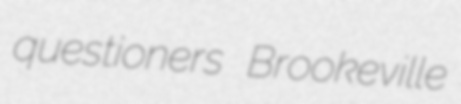
questioners Brookeville